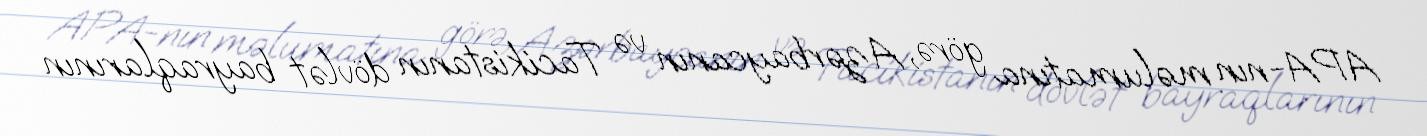
APA-nın məlumatına görə, Azərbaycanın və Tacikistanın dövlət bayraqlarının